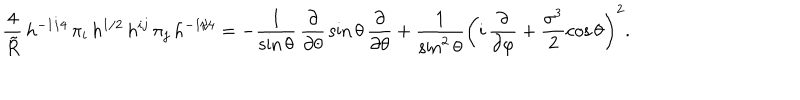
LaTeX: \frac { 4 } { \tilde { R } } \, h ^ { - 1 / 4 } \, \pi _ { i } \, h ^ { 1 / 2 } \, h ^ { i j } \, \pi _ { j } \, h ^ { - 1 / 4 } = - \frac { 1 } { \sin \theta } \, \frac { \partial } { \partial \theta } \, \sin \theta \, \frac { \partial } { \partial \theta } + \frac { 1 } { \sin ^ { 2 } \theta } \left( i \, \frac { \partial } { \partial \varphi } + \frac { \sigma ^ { 3 } } { 2 } \cos \theta \right) ^ { 2 } . \nonumber